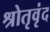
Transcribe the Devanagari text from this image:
श्रोतृवृंद